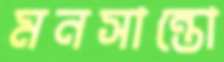
মনসান্তো